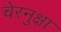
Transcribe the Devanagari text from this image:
चेरनुक्षा